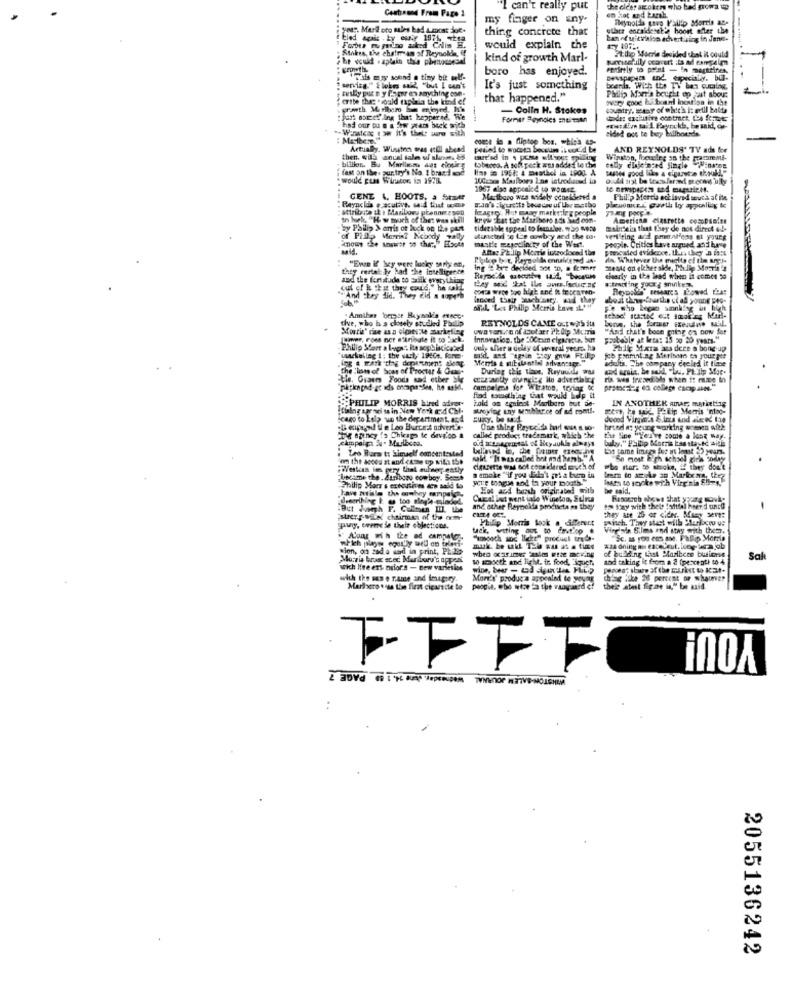
Contraund From Page 3
can't really put
en hot and karal.
my finger on any-
Reynolds gavg Fallip Sdorris atp
you Mari oto males bad A.most Joe.
thing concrete that
ullarr enraidestl'e hoort Cher the
tied agais . ty owy 1974. stea
ban of uitivalon advertising in Jane-
Forbes mu gelno asked Calis H.
Stakes, the chairman of Reynoldhe, if
would explain the
Stip Morria decided that it could
kind of growth Marl-
boro has enjoyed.
entirely to point - In marttinen,
Til muy sound o tiny bit wolf-
service." E lobes said, "but I can't
It's just something
brenda. With the TV ben cuming.
crite The: "could mapiein the kind of
zusly put n y fo por en anything con-
that happened."
bvery good bu boand ineation in the
Philip Mar's bought op jast abour
prarth Marlboro bon enjoyed. He
- Colin H. Stokes
sovatry, wray of which i: well balda
: part something that beppered. We
Former Reynoles meiman
". Wanatess ize it's thets www with
had our ou n a few years back mich
.: Ey mil Paynekb, he said, or-
sided ogs te bey billbonsde.
cout is a fliptop bes. - ties 4-
Actually. Winston eras etill abend
AND REYNOLDS' TV ads boe
then, will anual tale of slane. 85
billion .. Bu Marilena aut closing
tobacco. A soft peck was added le chie
amremi-
fast on the. pur.try's No. 1 bras ! moc
limp i 1958: & mesthel in LPod. A
would guns Winautor is 1978.
10Gcom Marlboro Las introduced in
1967 algo apposicd to womes.
CENE 4. HOOTS, a former
Marlboro was widely ocnelbered a
Philip Morris eck inved souca at its
attributs ik + Plariboru prennereson
Mig markering people
tn burk "How much of thes was skill
kryiEat the Marlboro ads bed con-
American cigarette cogopsales
by Philip > arris ot lock on the past
tiderable appeal to femzioe. 30 4420
maintain that they do not direct & !-
of Pido Morris? Nebody zaly
alimetod "e Le cowboy and the co.
people. Critics have argued, and have
verifring ant prsal'ens et yourg
mastle megetlinity of the West.
Altay Philip Morris inteodiocad the
pomocusted evidence, thus they a 1att
Palop bit, Reynolds onnaldeted JA-
da. Whatever the mecity of the angle
tiry mertat ly had the intelligence
"Ewe if hey were lucky surly en,
Mente on elcher side, Philip Mouth !!
and the fortitude to Esik everything
charly in the lead when it comes to
out of it that they could," he said
"And they did. They did a toperh
od. Les Philip Morris Lave it.om
Fe who began sankise in high
the, who h s closely studled Phillip
Annibes forcase Baysalds Cncc.
REYNOLDS CAME oct with its
bonn, the former szenve E.
"And that's boon going on bow for
Luner, Foss not a"tribute it to back.
Innovation, the 20Gram cigarette. but
Probable at liers: 15 20 20 years."
Philip Stort a Lugas Its soph ikicated
ouly ahier u delay of wveral yeerc, ha
Phil Mara zes dere a bond-up
fcb panmat ag Merisom sa your per
adults, The company decled it time
the :lots of Soas of Procter & Oume
ing . mark "the depar.mens ale
During this tiane, Reyuuidly was
Etle. Ovaem Foods wod etber big
Campelzas for Wiratos, trying Cc
told ou agnicot Marlboro but de-
Find somthing that would help it
IN ANOTHER Amar, marketing
Ifining sar nei ss in New York mid Chl.
PHILIP MORRIS hired adorote
woking iny semblance of ad cont !.
jeago to Etla ue the department. acd
EURy. b wid
One thing Payce'de had que s so-
brted a: young working woosen afte
Che agency fs Chicago le develop &
.campaign 5% . Malbcea.
called product trademark, which the
Lhe Sine "Yerve come a long way.
bulay." Philip Morris bas stayed aide
Leo Bura tt himself concentested
tilloved in, che fremer ereog w
bt same image for at least 2) years.
salt "It was called hot nad bumb." A
So most Eigh schsel girls co
"ba stor: so stroke, if they don't
"became the . Zuniboro cowboy. Sesse
samoke "if you da't get a burro in
Mars to gocke with Virginia 8 !-
learn to amyke an Marlex ma, Chez
Philip Moer's executives des said to
Hot and barsh originated with
deeerthing & @ too slog'e-minded,
Chucel Ist went into Winetoo, Sulna
.But Jungh F. Coloun ID. the
and other Reynekda procheta as they
to Say with thele toftdel heerd uncd
strep-Mix chairman of the oom
Phillip Morris took a Sfeerert
panch. They stact will Mariocou us
they ate 25 or cides, Maay 3211:
puy, creme de their objections.
uck, wtting aus to Chut.op .
fing na S.lms and stay with them.
"unooch and licht" product trods-
to smooth and light, ir. food, iguchi
and taking it from a 2 (percent) 10 4
of bulling Last Maribees butions
Sale
wich line est nrlor's - Bew variesios
with the sen e rame and imagery.
Mon's' produce appealed te young
ching ifte 26 percent of shauner
Mariero * oss the first cigarette to
people, ebe wtoe fa the vanvaerd cf
thele atest fig.me in." be asid
2055136242